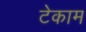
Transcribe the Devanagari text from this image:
टेकाम